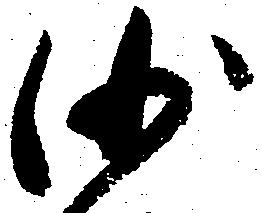
沙